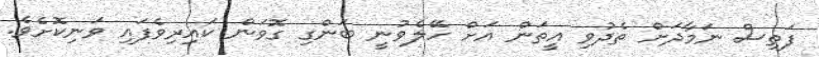
ފަތިސް ނަމާދަށް ތެދުވި އީތަން އަށް ހޭލެވުނީ ބަންގި ގޮވަން ކައިރިވެފައި ވަނިކޮށެވެ.